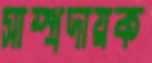
সাম্প্রদায়ক